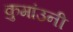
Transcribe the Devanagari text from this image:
कुमांउनी